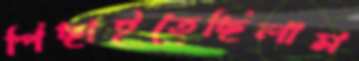
পিছাইতেছিলাম